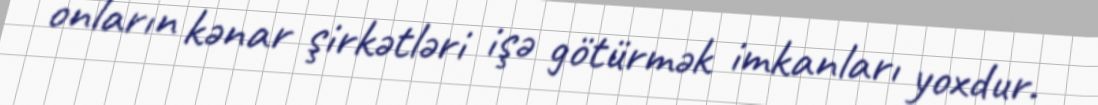
onların kənar şirkətləri işə götürmək imkanları yoxdur.